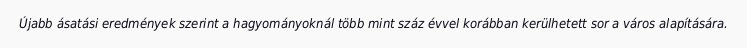
Újabb ásatási eredmények szerint a hagyományoknál több mint száz évvel korábban kerülhetett sor a város alapítására.